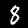
Digit: 8